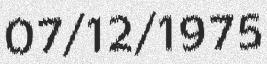
07/12/1975